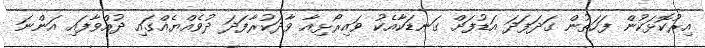
އިރުކޮޅަކުން ފަހަތުން ގަދަފަދަ އަޑުފަށް ގަނޑަކާއެކު ވައިރޯޅިއާ ވާދަކުރާފަދަ ދުވެއްޔެއްގައި ދުއްވާފައި އަންނަ